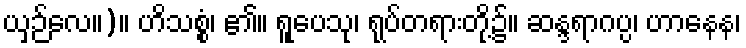
ယှဉ်လေ။)။ ဟိသစ္စံ၊ ၏။ ရူပေသု၊ ရုပ်တရားတို့၌။ ဆန္ဒရာဂပ္ပ၊ ဟာနေန၊